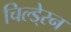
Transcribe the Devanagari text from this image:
चिल्डे्रन